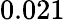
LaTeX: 0.021